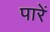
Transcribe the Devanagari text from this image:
पारें